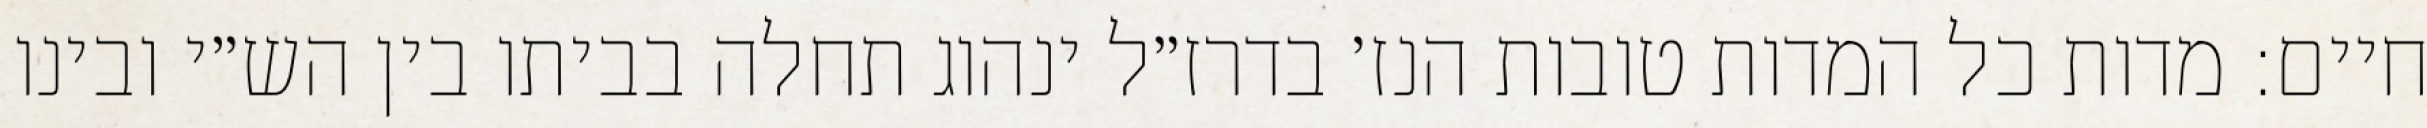
חיים: מדות כל המדות טובות הנז׳ בדרז״ל ינהוג תחלה בביתו בין הש״י ובינו